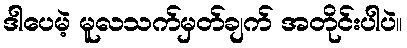
ဒါပေမဲ့ မူလသက်မှတ်ချက် အတိုင်းပါပဲ။